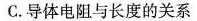
C.导体电阻与长度的关系